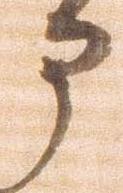
部